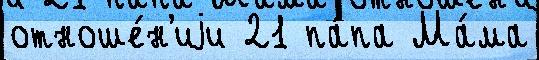
отноше́н'иjи 21 па́па Ма́ма